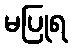
မပြုရ